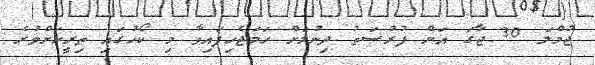
ޖުމްލަ 30 ޖާގަ އަށް ފުރުސަތު ދިނުމަށް ހަމަޖެހިފައިވާ މި ކޯހުގައި ތިރީހަށްވުރެ